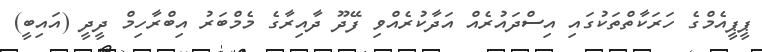
ޕީޕީއެމްގެ ހަރަކާތްތަކުގައި އިސްދައުރެއް އަދާކުރެއްވި ފޭދޫ ދާއިރާގެ މެމްބަރު އިބްރާހިމް ދީދީ (އައިބީ)